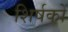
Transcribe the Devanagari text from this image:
शिर्षकों